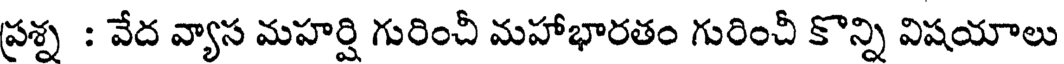
ప్రశ్న : వేద వ్యాస మహర్షి గురించీ మహాభారతం గురించీ కొన్ని విషయాలు